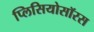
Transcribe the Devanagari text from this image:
प्लिसियोसॉरस